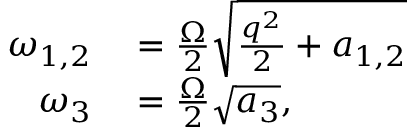
\begin{array} { r l } { \omega _ { 1 , 2 } } & { { } = \frac { \Omega } { 2 } \sqrt { \frac { q ^ { 2 } } { 2 } + a _ { 1 , 2 } } } \\ { \omega _ { 3 } } & { { } = \frac { \Omega } { 2 } \sqrt { a _ { 3 } } , } \end{array}